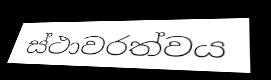
ස්ථාවරත්වය